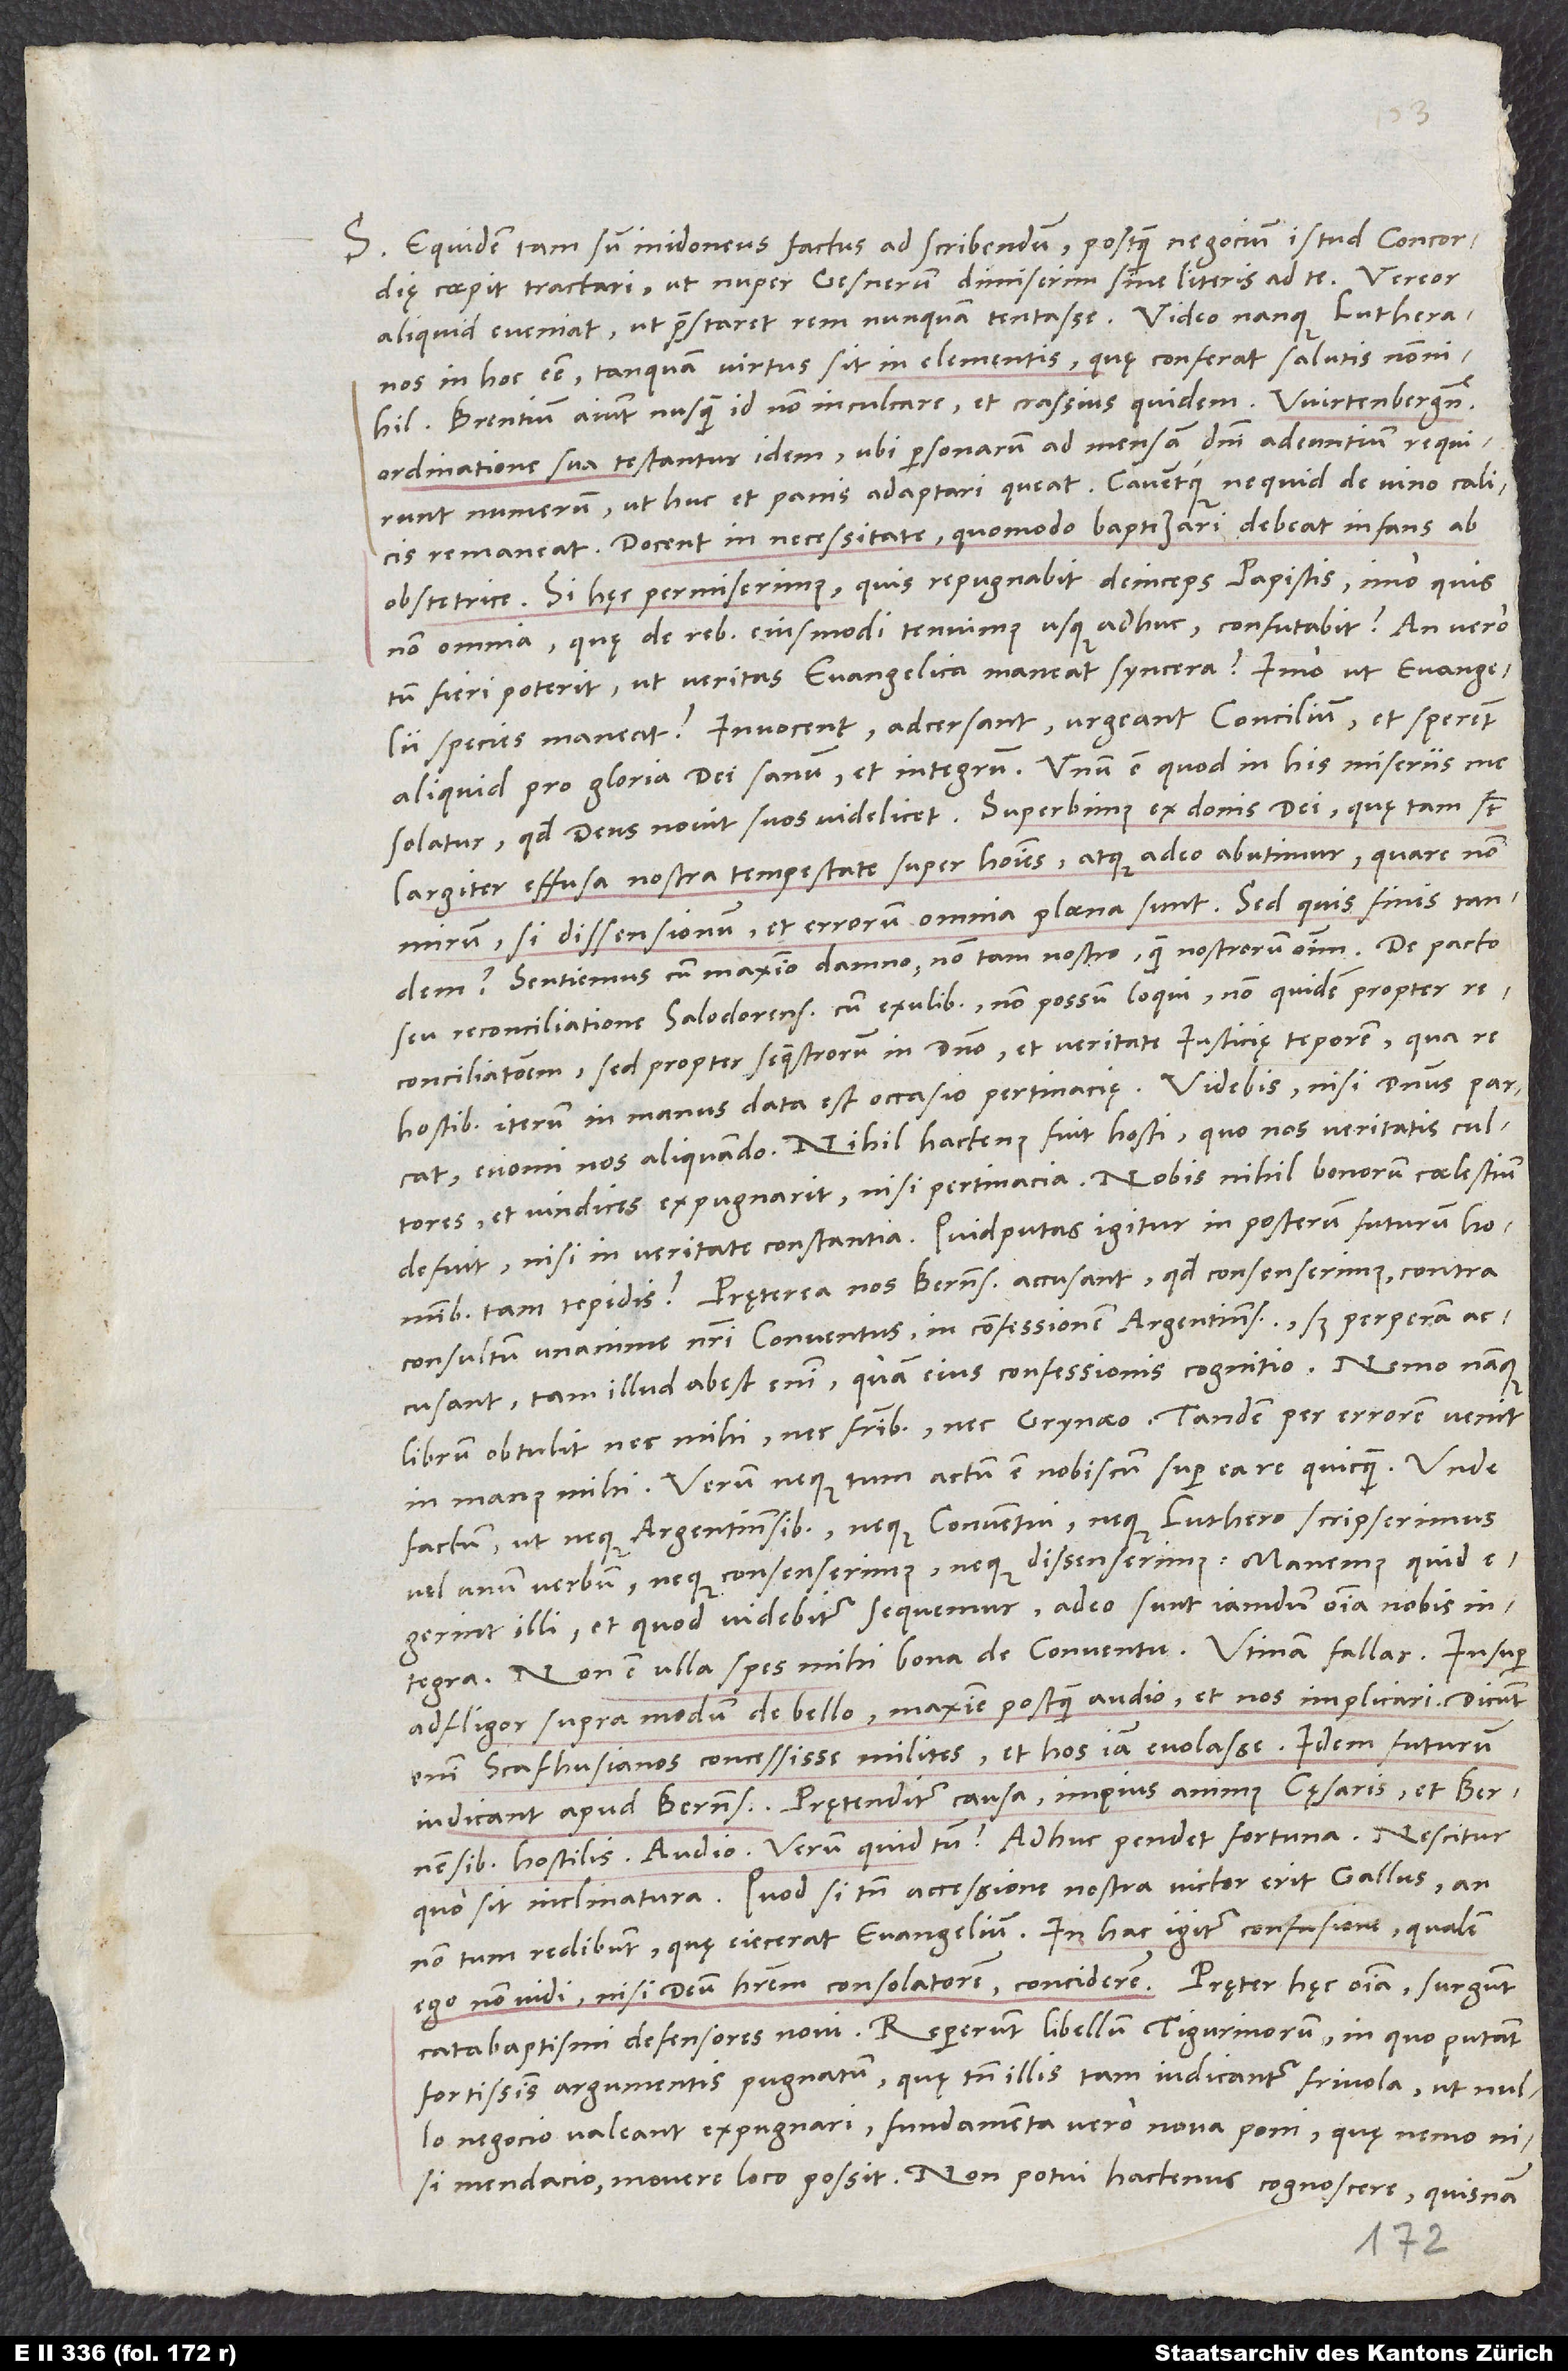
S. Equidem tam sum inidoneus factus ad scribendum, postquam negocium istud concordię
coepit tractari, ut nuper Gesnerum dimiserim sine literis ad te. Vereor,
aliquid eveniat, ut praestaret rem nunquam tentasse. Video nanque Lutheranos
in hoc esse, tanquam virtus sit in elementis, quę conferat salutis nonnihil.
Brentium aiunt nusquam id non inculcare, et crassius quidem. Wirtenbergenses
ordinatione sua testantur idem, ubi personarum ad mensam domini adeuntium requirunt
numerum, ut huc et panis adaptari queat, caventque, ne quid de vino calicis
remaneat. Docent in necessitate, quomodo baptizari debeat infans ab
obstetrice. Si hęc permiserimus, quis repugnabit deinceps papistis, imo quis
non omnia, quę de rebus eiusmodi tenuimus usque adhuc, confutabit? An vero
tum fieri poterit, ut veritas evangelica maneat syncera? Imo ut evangelii
species maneat? Invocent, adcersant, urgeant concilium et sperent
aliquid pro gloria dei sanum et integrum. Unum est, quod in his miserus me
solatur, quod deus novit suos videlicet. Superbimus ex donis dei, quę tam sunt
largiter effusa nostra tempestate super homines, atque adeo abutimur, quare non
minim, si dissensionum et errorum omnia plaena sunt. Sed quis finis tandem?
Sentiemus cum maximo damno, non tam nostro quam nostrorum omnium.
seu reconciliatione Salodorensium cum exul non possum loqui, non quidem propter
reconciliationem, sed propter sequestrorum in domino et veritate iusticię teporem, qua re
hostibus iterum in manus data est occasio pertinaciae. Videbis, nisi dominus parcat,
evomi nos aliquando. Nihil hactenus fuit hosti, quo nos veritatis cultores
et vindices expugnarit, nisi pertinacia. Nobis nihil bonorum coelestium
defuit nisi in veritate constantia. Quid putas igitur in posterum futurum hominibus
Pręterea nos Bernenses accusant, quod consenserimus contra
consultum unanime nostri conventus in confessionem Argentinens. Sed perperam
accusant. Tam illud abest enim quam eius confessionis cognitio. Nemo nanque
librum obtulit nec mihi nec fratribus nec Grynaeo. Tandem per errorem venit
in manus mihi. Verum neque tum actum est nobiscum super ea re quicquam. Unde
factum, ut neque Argentinensibus neque conventui neque Luthero scripserimus
vel unum verbum neque consenserimus neque dissenserimus. Manemus, quid
egerint illi, et quod videbitur, sequemur. Adeo sunt iamdum omnia nobis
integra. Non est ulla spes mihi bona de conventu. Utinam fallar!
adfligor supra modum de bello, maxime postquam audio et nos implicari. Dicunt
enim Scafhusianos concessisse milites et hos iam evolasse Idem futurum
iudicant apud Bernenses. Praetenditur causa impius animus cęsaris et Bernensibus
hostilis. Audio. Verum quid tum? Adhuc pendet fortuna. Nescitur,
quo sit inclinatura. Quodsi tamen accessione nostra victor erit Gallus, an
non tum redibunt, quę eiecerat evangelium. In hac igitur confusione, qualem
catabaptismi defensores novi. Repererunt libellum Tigurinorum, in quo putant
fortissimis argumentis pugnatum, quę tamen illis tam iudicantur frivola, ut nullo
negocio valeant expugnari, fundamenta vero nova poni, quę nemo nisi
mendacio movere loco possit. Non potui hactenus cognoscere, quisnam